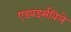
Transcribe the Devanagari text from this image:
एडवर्ड्सविले